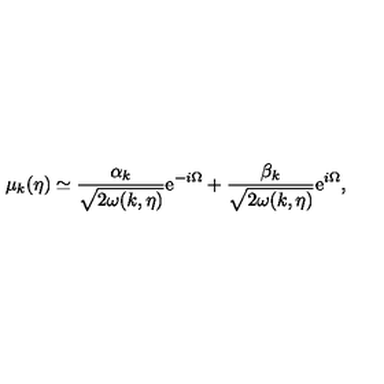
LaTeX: \mu _ { k } ( \eta ) \simeq \frac { \alpha _ { k } } { \sqrt { 2 \omega ( k , \eta ) } } \mathrm { e } ^ { - i \Omega } + \frac { \beta _ { k } } { \sqrt { 2 \omega ( k , \eta ) } } \mathrm { e } ^ { i \Omega } ,